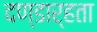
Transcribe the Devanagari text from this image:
दण्डार्हता